Report on vaccination in Madras 1895-1903 - 1895-1903
Year: 1895
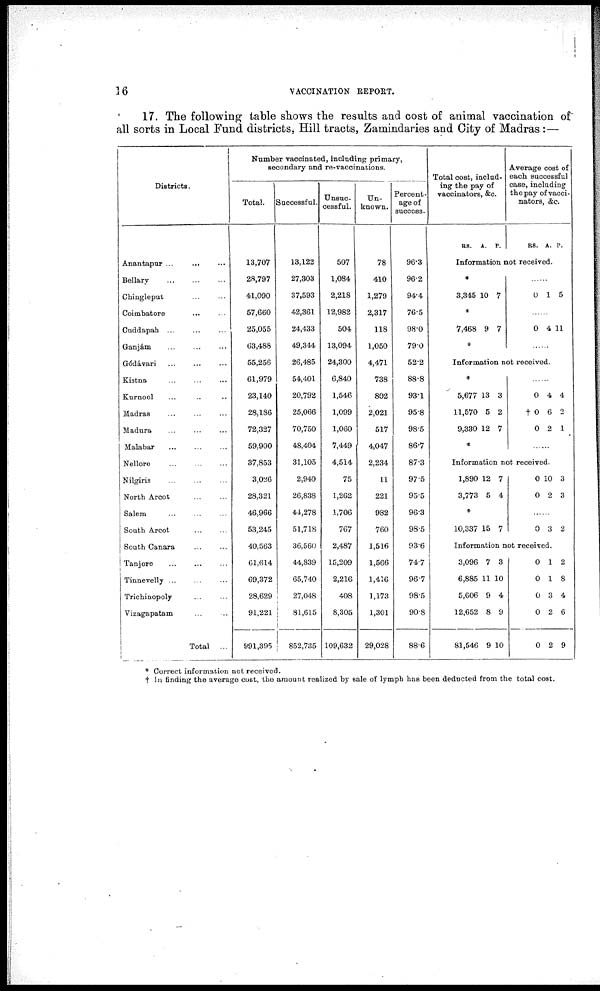
16
VACCINATION REPORT.
17. The following table shows the results and cost of animal vaccination of
all sorts in Local Fund districts, Hill tracts, Zamindaries and City of Madras:—
Districts.
Anantapur ... ... ...
Bellary
...
...
...
Chingleput
...
...
Coimbatore ... ...
Cuddapah
...
...
...
Ganjám
...
...
...
Gódávari
...
...
...
Kistna ... ... ...
Kurnool ... ... ...
Madras ... ... ...
Madura ... ... ...
Malabar
...
...
...
Nellore
...
...
...
Nilgiris
...
...
...
North Arcot ... ...
Salem ... ... ...
Sooth Arcot ... ...
South Canara ... ...
Tanjore
...
...
...
Tinnevelly ... ... ...
Trichinopoly ... ...
Vizagapatam ... ...
Total ...
Number vaccinated, including primary,
secondary and re-vaccinations.
Total.
13,707
28,797
41,090
57,660
25,055
63,488
55,256
61,979
23,140
28,186
72,327
59,900
37,853
3,036
28,321
46,966
53,245
40,563
61,614
69,372
28,629
91,221
991,395
Successful.
13,122
27,303
37,593
42,361
24,433
49,344
26,485
54,401
20,792
25,066
70,750
48,404
31,105
2,940
26,838
44,278
51,718
36,560
44,839
65,740
27,048
81,615
852,735
Unsuc-
cessful.
507
1,084
2,218
12,982
504
13,094
24,300
6,840
1,546
1,099
1,060
7,449
4,514
75
1,262
1,706
767
2,487
15,209
2,216
408
8,305
109,632
Un-
known.
78
410
1,279
2,317
118
1,050
4,471
738
802
2,021
517
4,047
2,234
11
221
982
760
1,516
1,566
1,416
1,173
1,301
29,028
Percent-
age of
success.
963
96.2
94.4
76.5
98.0
79.0
52.2
88.8
93.1
95.8
98.5
86.7
87.3
97.5
95.5
96.3
98.5
93.6
74.7
96.7
98.5
90.8
88.6
Total cost, includ-
ing the pay of
vaccinators, &c.
RS. A. P.
Average cost of
each successful
case, including
the pay of vacci-
nators, &c.
RS. A. P.
Information not received.
*
3,345 10 7
*
7,468 9 7
*
......
0 1 5
......
0 4 11
......
Information not received.
*
5,677
11,570
9,330
13
5
12
3
2
7
*
......
0
† 0
0
4
6
2
4
2
1
......
Information not received.
1,890
3,773
12
5
7
4
*
10,337 15 7
0
0
10
2
3
3
......
0 3 2
Information not received.
3,096
6,885
5,606
12,652
81,546
7
11
9
8
9
3
10
4
9
10
0
0
0
0
0
1
1
3
2
2
2
8
4
6
9
* Correct information not received.
† In finding the average cost, the amount realized by sale of lymph has been deducted from the total cost.